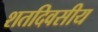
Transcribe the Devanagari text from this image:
शतदिवसीय